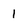
Character: 1